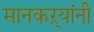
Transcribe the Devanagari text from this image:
मानकऱ्यांनी